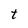
Character: t